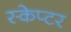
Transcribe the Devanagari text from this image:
स्केप्टर